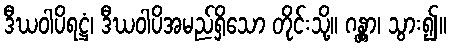
ဒီဃဝါပိရဋ္ဌံ၊ ဒီဃဝါပိအမည်ရှိသော တိုင်းသို့။ ဂန္တွာ၊ သွား၍။